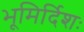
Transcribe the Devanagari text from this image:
भूमिर्दिशः